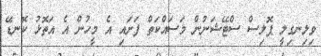
ވިލިނގިލީ ޕޮލިސް ސްޓޭޝަނުން މަސައްކަތް ފަށައި އެ މީހުން އެ އަތޮޅު ކޮނޑޭ